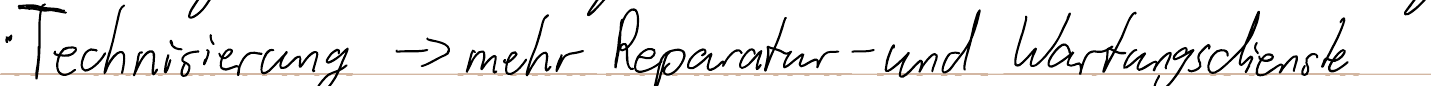
- Technisierung -> mehr Reparatur- und  Wartungsdienste